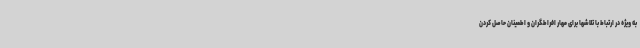
به ویژه در ارتباط با تلاشها برای مهار افراطگران و اطمینان حاصل کردن